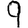
Digit: 9